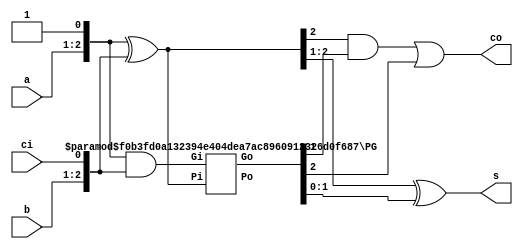
/* Kogge-Stone adder */
module KSA(a,b,ci,s,co);
    parameter size=2;
    parameter exp=$clog2(size);

    input  [size-1:0] a,b;
    output [size-1:0] s;
    input  ci;
    output co;
    wire [size:0] P[0:exp],G[0:exp];

    assign P[0] = {a, 1'b1} ^ {b, ci};
    assign G[0] = {a, 1'b1} & {b, ci};

    generate
        genvar i;
        
        for (i=0;i<exp;i=i+1) begin : prop
            PG #(size,2**i) pg (P[i],G[i],P[i+1],G[i+1]);
        end
    endgenerate
    
    assign s = P[0][size:1] ^ G[exp][size-1:0];
    assign co = (P[0][size] & G[exp][size-1]) | G[exp][size];

endmodule

/* KSA propagate and generate */
module PG(Pi,Gi,Po,Go);
    parameter size = 2;
    parameter d = 1;
    input  [size:0] Pi,Gi;
    output [size:0] Po,Go;

    assign Po[size:d] =  Pi[size:d] & Pi[size-d:0];
    assign Go[size:d] = (Pi[size:d] & Gi[size-d:0]) | Gi[size:d];
    assign Po[d-1:0] = Pi[d-1:0];
    assign Go[d-1:0] = Gi[d-1:0];
endmodule